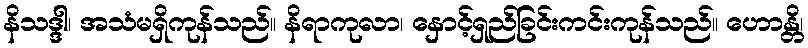
နိသဒ္ဒါ၊ အသံမရှိကုန်သည်။ နိရာကုလာ၊ နှောင့်ရှည်ခြင်းကင်းကုန်သည်။ ဟောန္တိ၊